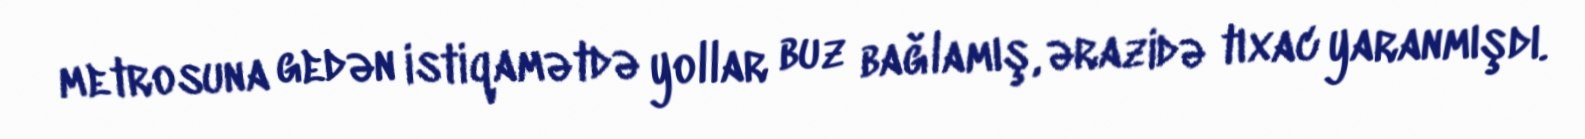
metrosuna gedən istiqamətdə yollar buz bağlamış, ərazidə tıxac yaranmışdı.